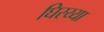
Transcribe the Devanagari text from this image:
घिरय्या